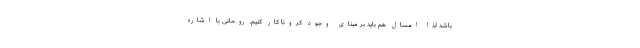
باشد لذا امسال هم باید بر مبنای وجود کرونا کار کنیم. روحانی با اشاره